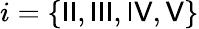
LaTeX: i=\{ {\sf II},{\sf III},{\sf IV},{\sf V}\}